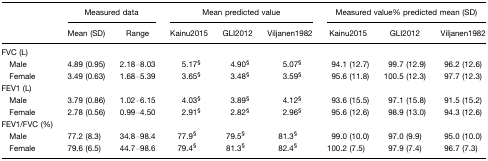
<table><thead><tr><td>[EMPTY_CELL]</td><td colspan="2"><b>Measured data</b></td><td colspan="3"><b>Mean predicted value</b></td><td colspan="3"><b>Measured value% predicted mean (SD)</b></td></tr><tr><td>[EMPTY_CELL]</td><td><b>Mean (SD)</b></td><td><b>Range</b></td><td><b>Kainu2015</b></td><td><b>GLI2012</b></td><td><b>Viljanen1982</b></td><td><b>Kainu2015</b></td><td><b>GLI2012</b></td><td><b>Viljanen1982</b></td></tr></thead><tbody><tr><td>FVC (L)</td><td>[EMPTY_CELL]</td><td>[EMPTY_CELL]</td><td>[EMPTY_CELL]</td><td>[EMPTY_CELL]</td><td>[EMPTY_CELL]</td><td>[EMPTY_CELL]</td><td>[EMPTY_CELL]</td><td>[EMPTY_CELL]</td></tr><tr><td> Male</td><td>4.89 (0.95)</td><td>2.18–8.03</td><td>5.17§</td><td>4.90§</td><td>5.07§</td><td>94.1 (12.7)</td><td>99.7 (12.9)</td><td>96.2 (12.6)</td></tr><tr><td> Female</td><td>3.49 (0.63)</td><td>1.68–5.39</td><td>3.65§</td><td>3.48§</td><td>3.59§</td><td>95.6 (11.8)</td><td>100.5 (12.3)</td><td>97.7 (12.3)</td></tr><tr><td>FEV1 (L)</td><td>[EMPTY_CELL]</td><td>[EMPTY_CELL]</td><td>[EMPTY_CELL]</td><td>[EMPTY_CELL]</td><td>[EMPTY_CELL]</td><td>[EMPTY_CELL]</td><td>[EMPTY_CELL]</td><td>[EMPTY_CELL]</td></tr><tr><td> Male</td><td>3.79 (0.86)</td><td>1.02–6.15</td><td>4.03§</td><td>3.89§</td><td>4.12§</td><td>93.6 (15.5)</td><td>97.1 (15.8)</td><td>91.5 (15.2)</td></tr><tr><td> Female</td><td>2.78 (0.56)</td><td>0.99–4.50</td><td>2.91§</td><td>2.82§</td><td>2.96§</td><td>95.6 (12.6)</td><td>98.9 (13.0)</td><td>94.3 (12.6)</td></tr><tr><td>FEV1/FVC (%)</td><td>[EMPTY_CELL]</td><td>[EMPTY_CELL]</td><td>[EMPTY_CELL]</td><td>[EMPTY_CELL]</td><td>[EMPTY_CELL]</td><td>[EMPTY_CELL]</td><td>[EMPTY_CELL]</td><td>[EMPTY_CELL]</td></tr><tr><td> Male</td><td>77.2 (8.3)</td><td>34.8–98.4</td><td>77.9§</td><td>79.5§</td><td>81.3§</td><td>99.0 (10.0)</td><td>97.0 (9.9)</td><td>95.0 (10.0)</td></tr><tr><td> Female</td><td>79.6 (6.5)</td><td>44.7–98.6</td><td>79.4§</td><td>81.3§</td><td>82.4§</td><td>100.2 (7.5)</td><td>97.9 (7.4)</td><td>96.7 (7.3)</td></tr></tbody></table>